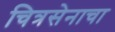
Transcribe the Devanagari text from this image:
चित्रसेनाचा